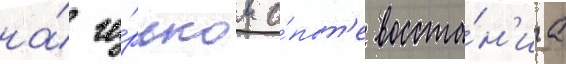
на́ го́рьком о́пыт'е восста́н'иа